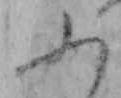
ふ